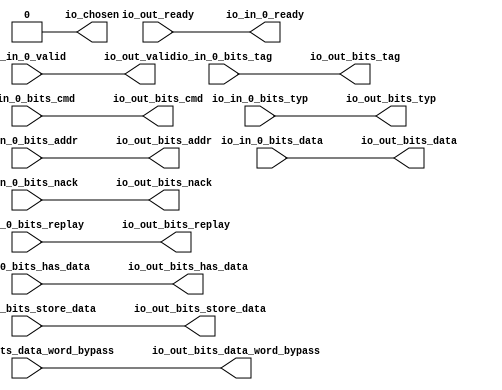
module Arbiter_11
(
  io_in_0_ready,
  io_in_0_valid,
  io_in_0_bits_addr,
  io_in_0_bits_tag,
  io_in_0_bits_cmd,
  io_in_0_bits_typ,
  io_in_0_bits_data,
  io_in_0_bits_nack,
  io_in_0_bits_replay,
  io_in_0_bits_has_data,
  io_in_0_bits_data_word_bypass,
  io_in_0_bits_store_data,
  io_out_ready,
  io_out_valid,
  io_out_bits_addr,
  io_out_bits_tag,
  io_out_bits_cmd,
  io_out_bits_typ,
  io_out_bits_data,
  io_out_bits_nack,
  io_out_bits_replay,
  io_out_bits_has_data,
  io_out_bits_data_word_bypass,
  io_out_bits_store_data,
  io_chosen
);

  input [39:0] io_in_0_bits_addr;
  input [9:0] io_in_0_bits_tag;
  input [4:0] io_in_0_bits_cmd;
  input [2:0] io_in_0_bits_typ;
  input [63:0] io_in_0_bits_data;
  input [63:0] io_in_0_bits_data_word_bypass;
  input [63:0] io_in_0_bits_store_data;
  output [39:0] io_out_bits_addr;
  output [9:0] io_out_bits_tag;
  output [4:0] io_out_bits_cmd;
  output [2:0] io_out_bits_typ;
  output [63:0] io_out_bits_data;
  output [63:0] io_out_bits_data_word_bypass;
  output [63:0] io_out_bits_store_data;
  input io_in_0_valid;
  input io_in_0_bits_nack;
  input io_in_0_bits_replay;
  input io_in_0_bits_has_data;
  input io_out_ready;
  output io_in_0_ready;
  output io_out_valid;
  output io_out_bits_nack;
  output io_out_bits_replay;
  output io_out_bits_has_data;
  output io_chosen;
  wire [39:0] io_out_bits_addr;
  wire [9:0] io_out_bits_tag;
  wire [4:0] io_out_bits_cmd;
  wire [2:0] io_out_bits_typ;
  wire [63:0] io_out_bits_data,io_out_bits_data_word_bypass,io_out_bits_store_data;
  wire io_in_0_ready,io_out_valid,io_out_bits_nack,io_out_bits_replay,
  io_out_bits_has_data,io_chosen,io_out_ready,io_in_0_valid,io_in_0_bits_nack,io_in_0_bits_replay,
  io_in_0_bits_has_data;
  assign io_chosen = 1'b0;
  assign io_in_0_ready = io_out_ready;
  assign io_out_valid = io_in_0_valid;
  assign io_out_bits_addr[39] = io_in_0_bits_addr[39];
  assign io_out_bits_addr[38] = io_in_0_bits_addr[38];
  assign io_out_bits_addr[37] = io_in_0_bits_addr[37];
  assign io_out_bits_addr[36] = io_in_0_bits_addr[36];
  assign io_out_bits_addr[35] = io_in_0_bits_addr[35];
  assign io_out_bits_addr[34] = io_in_0_bits_addr[34];
  assign io_out_bits_addr[33] = io_in_0_bits_addr[33];
  assign io_out_bits_addr[32] = io_in_0_bits_addr[32];
  assign io_out_bits_addr[31] = io_in_0_bits_addr[31];
  assign io_out_bits_addr[30] = io_in_0_bits_addr[30];
  assign io_out_bits_addr[29] = io_in_0_bits_addr[29];
  assign io_out_bits_addr[28] = io_in_0_bits_addr[28];
  assign io_out_bits_addr[27] = io_in_0_bits_addr[27];
  assign io_out_bits_addr[26] = io_in_0_bits_addr[26];
  assign io_out_bits_addr[25] = io_in_0_bits_addr[25];
  assign io_out_bits_addr[24] = io_in_0_bits_addr[24];
  assign io_out_bits_addr[23] = io_in_0_bits_addr[23];
  assign io_out_bits_addr[22] = io_in_0_bits_addr[22];
  assign io_out_bits_addr[21] = io_in_0_bits_addr[21];
  assign io_out_bits_addr[20] = io_in_0_bits_addr[20];
  assign io_out_bits_addr[19] = io_in_0_bits_addr[19];
  assign io_out_bits_addr[18] = io_in_0_bits_addr[18];
  assign io_out_bits_addr[17] = io_in_0_bits_addr[17];
  assign io_out_bits_addr[16] = io_in_0_bits_addr[16];
  assign io_out_bits_addr[15] = io_in_0_bits_addr[15];
  assign io_out_bits_addr[14] = io_in_0_bits_addr[14];
  assign io_out_bits_addr[13] = io_in_0_bits_addr[13];
  assign io_out_bits_addr[12] = io_in_0_bits_addr[12];
  assign io_out_bits_addr[11] = io_in_0_bits_addr[11];
  assign io_out_bits_addr[10] = io_in_0_bits_addr[10];
  assign io_out_bits_addr[9] = io_in_0_bits_addr[9];
  assign io_out_bits_addr[8] = io_in_0_bits_addr[8];
  assign io_out_bits_addr[7] = io_in_0_bits_addr[7];
  assign io_out_bits_addr[6] = io_in_0_bits_addr[6];
  assign io_out_bits_addr[5] = io_in_0_bits_addr[5];
  assign io_out_bits_addr[4] = io_in_0_bits_addr[4];
  assign io_out_bits_addr[3] = io_in_0_bits_addr[3];
  assign io_out_bits_addr[2] = io_in_0_bits_addr[2];
  assign io_out_bits_addr[1] = io_in_0_bits_addr[1];
  assign io_out_bits_addr[0] = io_in_0_bits_addr[0];
  assign io_out_bits_tag[9] = io_in_0_bits_tag[9];
  assign io_out_bits_tag[8] = io_in_0_bits_tag[8];
  assign io_out_bits_tag[7] = io_in_0_bits_tag[7];
  assign io_out_bits_tag[6] = io_in_0_bits_tag[6];
  assign io_out_bits_tag[5] = io_in_0_bits_tag[5];
  assign io_out_bits_tag[4] = io_in_0_bits_tag[4];
  assign io_out_bits_tag[3] = io_in_0_bits_tag[3];
  assign io_out_bits_tag[2] = io_in_0_bits_tag[2];
  assign io_out_bits_tag[1] = io_in_0_bits_tag[1];
  assign io_out_bits_tag[0] = io_in_0_bits_tag[0];
  assign io_out_bits_cmd[4] = io_in_0_bits_cmd[4];
  assign io_out_bits_cmd[3] = io_in_0_bits_cmd[3];
  assign io_out_bits_cmd[2] = io_in_0_bits_cmd[2];
  assign io_out_bits_cmd[1] = io_in_0_bits_cmd[1];
  assign io_out_bits_cmd[0] = io_in_0_bits_cmd[0];
  assign io_out_bits_typ[2] = io_in_0_bits_typ[2];
  assign io_out_bits_typ[1] = io_in_0_bits_typ[1];
  assign io_out_bits_typ[0] = io_in_0_bits_typ[0];
  assign io_out_bits_data[63] = io_in_0_bits_data[63];
  assign io_out_bits_data[62] = io_in_0_bits_data[62];
  assign io_out_bits_data[61] = io_in_0_bits_data[61];
  assign io_out_bits_data[60] = io_in_0_bits_data[60];
  assign io_out_bits_data[59] = io_in_0_bits_data[59];
  assign io_out_bits_data[58] = io_in_0_bits_data[58];
  assign io_out_bits_data[57] = io_in_0_bits_data[57];
  assign io_out_bits_data[56] = io_in_0_bits_data[56];
  assign io_out_bits_data[55] = io_in_0_bits_data[55];
  assign io_out_bits_data[54] = io_in_0_bits_data[54];
  assign io_out_bits_data[53] = io_in_0_bits_data[53];
  assign io_out_bits_data[52] = io_in_0_bits_data[52];
  assign io_out_bits_data[51] = io_in_0_bits_data[51];
  assign io_out_bits_data[50] = io_in_0_bits_data[50];
  assign io_out_bits_data[49] = io_in_0_bits_data[49];
  assign io_out_bits_data[48] = io_in_0_bits_data[48];
  assign io_out_bits_data[47] = io_in_0_bits_data[47];
  assign io_out_bits_data[46] = io_in_0_bits_data[46];
  assign io_out_bits_data[45] = io_in_0_bits_data[45];
  assign io_out_bits_data[44] = io_in_0_bits_data[44];
  assign io_out_bits_data[43] = io_in_0_bits_data[43];
  assign io_out_bits_data[42] = io_in_0_bits_data[42];
  assign io_out_bits_data[41] = io_in_0_bits_data[41];
  assign io_out_bits_data[40] = io_in_0_bits_data[40];
  assign io_out_bits_data[39] = io_in_0_bits_data[39];
  assign io_out_bits_data[38] = io_in_0_bits_data[38];
  assign io_out_bits_data[37] = io_in_0_bits_data[37];
  assign io_out_bits_data[36] = io_in_0_bits_data[36];
  assign io_out_bits_data[35] = io_in_0_bits_data[35];
  assign io_out_bits_data[34] = io_in_0_bits_data[34];
  assign io_out_bits_data[33] = io_in_0_bits_data[33];
  assign io_out_bits_data[32] = io_in_0_bits_data[32];
  assign io_out_bits_data[31] = io_in_0_bits_data[31];
  assign io_out_bits_data[30] = io_in_0_bits_data[30];
  assign io_out_bits_data[29] = io_in_0_bits_data[29];
  assign io_out_bits_data[28] = io_in_0_bits_data[28];
  assign io_out_bits_data[27] = io_in_0_bits_data[27];
  assign io_out_bits_data[26] = io_in_0_bits_data[26];
  assign io_out_bits_data[25] = io_in_0_bits_data[25];
  assign io_out_bits_data[24] = io_in_0_bits_data[24];
  assign io_out_bits_data[23] = io_in_0_bits_data[23];
  assign io_out_bits_data[22] = io_in_0_bits_data[22];
  assign io_out_bits_data[21] = io_in_0_bits_data[21];
  assign io_out_bits_data[20] = io_in_0_bits_data[20];
  assign io_out_bits_data[19] = io_in_0_bits_data[19];
  assign io_out_bits_data[18] = io_in_0_bits_data[18];
  assign io_out_bits_data[17] = io_in_0_bits_data[17];
  assign io_out_bits_data[16] = io_in_0_bits_data[16];
  assign io_out_bits_data[15] = io_in_0_bits_data[15];
  assign io_out_bits_data[14] = io_in_0_bits_data[14];
  assign io_out_bits_data[13] = io_in_0_bits_data[13];
  assign io_out_bits_data[12] = io_in_0_bits_data[12];
  assign io_out_bits_data[11] = io_in_0_bits_data[11];
  assign io_out_bits_data[10] = io_in_0_bits_data[10];
  assign io_out_bits_data[9] = io_in_0_bits_data[9];
  assign io_out_bits_data[8] = io_in_0_bits_data[8];
  assign io_out_bits_data[7] = io_in_0_bits_data[7];
  assign io_out_bits_data[6] = io_in_0_bits_data[6];
  assign io_out_bits_data[5] = io_in_0_bits_data[5];
  assign io_out_bits_data[4] = io_in_0_bits_data[4];
  assign io_out_bits_data[3] = io_in_0_bits_data[3];
  assign io_out_bits_data[2] = io_in_0_bits_data[2];
  assign io_out_bits_data[1] = io_in_0_bits_data[1];
  assign io_out_bits_data[0] = io_in_0_bits_data[0];
  assign io_out_bits_nack = io_in_0_bits_nack;
  assign io_out_bits_replay = io_in_0_bits_replay;
  assign io_out_bits_has_data = io_in_0_bits_has_data;
  assign io_out_bits_data_word_bypass[63] = io_in_0_bits_data_word_bypass[63];
  assign io_out_bits_data_word_bypass[62] = io_in_0_bits_data_word_bypass[62];
  assign io_out_bits_data_word_bypass[61] = io_in_0_bits_data_word_bypass[61];
  assign io_out_bits_data_word_bypass[60] = io_in_0_bits_data_word_bypass[60];
  assign io_out_bits_data_word_bypass[59] = io_in_0_bits_data_word_bypass[59];
  assign io_out_bits_data_word_bypass[58] = io_in_0_bits_data_word_bypass[58];
  assign io_out_bits_data_word_bypass[57] = io_in_0_bits_data_word_bypass[57];
  assign io_out_bits_data_word_bypass[56] = io_in_0_bits_data_word_bypass[56];
  assign io_out_bits_data_word_bypass[55] = io_in_0_bits_data_word_bypass[55];
  assign io_out_bits_data_word_bypass[54] = io_in_0_bits_data_word_bypass[54];
  assign io_out_bits_data_word_bypass[53] = io_in_0_bits_data_word_bypass[53];
  assign io_out_bits_data_word_bypass[52] = io_in_0_bits_data_word_bypass[52];
  assign io_out_bits_data_word_bypass[51] = io_in_0_bits_data_word_bypass[51];
  assign io_out_bits_data_word_bypass[50] = io_in_0_bits_data_word_bypass[50];
  assign io_out_bits_data_word_bypass[49] = io_in_0_bits_data_word_bypass[49];
  assign io_out_bits_data_word_bypass[48] = io_in_0_bits_data_word_bypass[48];
  assign io_out_bits_data_word_bypass[47] = io_in_0_bits_data_word_bypass[47];
  assign io_out_bits_data_word_bypass[46] = io_in_0_bits_data_word_bypass[46];
  assign io_out_bits_data_word_bypass[45] = io_in_0_bits_data_word_bypass[45];
  assign io_out_bits_data_word_bypass[44] = io_in_0_bits_data_word_bypass[44];
  assign io_out_bits_data_word_bypass[43] = io_in_0_bits_data_word_bypass[43];
  assign io_out_bits_data_word_bypass[42] = io_in_0_bits_data_word_bypass[42];
  assign io_out_bits_data_word_bypass[41] = io_in_0_bits_data_word_bypass[41];
  assign io_out_bits_data_word_bypass[40] = io_in_0_bits_data_word_bypass[40];
  assign io_out_bits_data_word_bypass[39] = io_in_0_bits_data_word_bypass[39];
  assign io_out_bits_data_word_bypass[38] = io_in_0_bits_data_word_bypass[38];
  assign io_out_bits_data_word_bypass[37] = io_in_0_bits_data_word_bypass[37];
  assign io_out_bits_data_word_bypass[36] = io_in_0_bits_data_word_bypass[36];
  assign io_out_bits_data_word_bypass[35] = io_in_0_bits_data_word_bypass[35];
  assign io_out_bits_data_word_bypass[34] = io_in_0_bits_data_word_bypass[34];
  assign io_out_bits_data_word_bypass[33] = io_in_0_bits_data_word_bypass[33];
  assign io_out_bits_data_word_bypass[32] = io_in_0_bits_data_word_bypass[32];
  assign io_out_bits_data_word_bypass[31] = io_in_0_bits_data_word_bypass[31];
  assign io_out_bits_data_word_bypass[30] = io_in_0_bits_data_word_bypass[30];
  assign io_out_bits_data_word_bypass[29] = io_in_0_bits_data_word_bypass[29];
  assign io_out_bits_data_word_bypass[28] = io_in_0_bits_data_word_bypass[28];
  assign io_out_bits_data_word_bypass[27] = io_in_0_bits_data_word_bypass[27];
  assign io_out_bits_data_word_bypass[26] = io_in_0_bits_data_word_bypass[26];
  assign io_out_bits_data_word_bypass[25] = io_in_0_bits_data_word_bypass[25];
  assign io_out_bits_data_word_bypass[24] = io_in_0_bits_data_word_bypass[24];
  assign io_out_bits_data_word_bypass[23] = io_in_0_bits_data_word_bypass[23];
  assign io_out_bits_data_word_bypass[22] = io_in_0_bits_data_word_bypass[22];
  assign io_out_bits_data_word_bypass[21] = io_in_0_bits_data_word_bypass[21];
  assign io_out_bits_data_word_bypass[20] = io_in_0_bits_data_word_bypass[20];
  assign io_out_bits_data_word_bypass[19] = io_in_0_bits_data_word_bypass[19];
  assign io_out_bits_data_word_bypass[18] = io_in_0_bits_data_word_bypass[18];
  assign io_out_bits_data_word_bypass[17] = io_in_0_bits_data_word_bypass[17];
  assign io_out_bits_data_word_bypass[16] = io_in_0_bits_data_word_bypass[16];
  assign io_out_bits_data_word_bypass[15] = io_in_0_bits_data_word_bypass[15];
  assign io_out_bits_data_word_bypass[14] = io_in_0_bits_data_word_bypass[14];
  assign io_out_bits_data_word_bypass[13] = io_in_0_bits_data_word_bypass[13];
  assign io_out_bits_data_word_bypass[12] = io_in_0_bits_data_word_bypass[12];
  assign io_out_bits_data_word_bypass[11] = io_in_0_bits_data_word_bypass[11];
  assign io_out_bits_data_word_bypass[10] = io_in_0_bits_data_word_bypass[10];
  assign io_out_bits_data_word_bypass[9] = io_in_0_bits_data_word_bypass[9];
  assign io_out_bits_data_word_bypass[8] = io_in_0_bits_data_word_bypass[8];
  assign io_out_bits_data_word_bypass[7] = io_in_0_bits_data_word_bypass[7];
  assign io_out_bits_data_word_bypass[6] = io_in_0_bits_data_word_bypass[6];
  assign io_out_bits_data_word_bypass[5] = io_in_0_bits_data_word_bypass[5];
  assign io_out_bits_data_word_bypass[4] = io_in_0_bits_data_word_bypass[4];
  assign io_out_bits_data_word_bypass[3] = io_in_0_bits_data_word_bypass[3];
  assign io_out_bits_data_word_bypass[2] = io_in_0_bits_data_word_bypass[2];
  assign io_out_bits_data_word_bypass[1] = io_in_0_bits_data_word_bypass[1];
  assign io_out_bits_data_word_bypass[0] = io_in_0_bits_data_word_bypass[0];
  assign io_out_bits_store_data[63] = io_in_0_bits_store_data[63];
  assign io_out_bits_store_data[62] = io_in_0_bits_store_data[62];
  assign io_out_bits_store_data[61] = io_in_0_bits_store_data[61];
  assign io_out_bits_store_data[60] = io_in_0_bits_store_data[60];
  assign io_out_bits_store_data[59] = io_in_0_bits_store_data[59];
  assign io_out_bits_store_data[58] = io_in_0_bits_store_data[58];
  assign io_out_bits_store_data[57] = io_in_0_bits_store_data[57];
  assign io_out_bits_store_data[56] = io_in_0_bits_store_data[56];
  assign io_out_bits_store_data[55] = io_in_0_bits_store_data[55];
  assign io_out_bits_store_data[54] = io_in_0_bits_store_data[54];
  assign io_out_bits_store_data[53] = io_in_0_bits_store_data[53];
  assign io_out_bits_store_data[52] = io_in_0_bits_store_data[52];
  assign io_out_bits_store_data[51] = io_in_0_bits_store_data[51];
  assign io_out_bits_store_data[50] = io_in_0_bits_store_data[50];
  assign io_out_bits_store_data[49] = io_in_0_bits_store_data[49];
  assign io_out_bits_store_data[48] = io_in_0_bits_store_data[48];
  assign io_out_bits_store_data[47] = io_in_0_bits_store_data[47];
  assign io_out_bits_store_data[46] = io_in_0_bits_store_data[46];
  assign io_out_bits_store_data[45] = io_in_0_bits_store_data[45];
  assign io_out_bits_store_data[44] = io_in_0_bits_store_data[44];
  assign io_out_bits_store_data[43] = io_in_0_bits_store_data[43];
  assign io_out_bits_store_data[42] = io_in_0_bits_store_data[42];
  assign io_out_bits_store_data[41] = io_in_0_bits_store_data[41];
  assign io_out_bits_store_data[40] = io_in_0_bits_store_data[40];
  assign io_out_bits_store_data[39] = io_in_0_bits_store_data[39];
  assign io_out_bits_store_data[38] = io_in_0_bits_store_data[38];
  assign io_out_bits_store_data[37] = io_in_0_bits_store_data[37];
  assign io_out_bits_store_data[36] = io_in_0_bits_store_data[36];
  assign io_out_bits_store_data[35] = io_in_0_bits_store_data[35];
  assign io_out_bits_store_data[34] = io_in_0_bits_store_data[34];
  assign io_out_bits_store_data[33] = io_in_0_bits_store_data[33];
  assign io_out_bits_store_data[32] = io_in_0_bits_store_data[32];
  assign io_out_bits_store_data[31] = io_in_0_bits_store_data[31];
  assign io_out_bits_store_data[30] = io_in_0_bits_store_data[30];
  assign io_out_bits_store_data[29] = io_in_0_bits_store_data[29];
  assign io_out_bits_store_data[28] = io_in_0_bits_store_data[28];
  assign io_out_bits_store_data[27] = io_in_0_bits_store_data[27];
  assign io_out_bits_store_data[26] = io_in_0_bits_store_data[26];
  assign io_out_bits_store_data[25] = io_in_0_bits_store_data[25];
  assign io_out_bits_store_data[24] = io_in_0_bits_store_data[24];
  assign io_out_bits_store_data[23] = io_in_0_bits_store_data[23];
  assign io_out_bits_store_data[22] = io_in_0_bits_store_data[22];
  assign io_out_bits_store_data[21] = io_in_0_bits_store_data[21];
  assign io_out_bits_store_data[20] = io_in_0_bits_store_data[20];
  assign io_out_bits_store_data[19] = io_in_0_bits_store_data[19];
  assign io_out_bits_store_data[18] = io_in_0_bits_store_data[18];
  assign io_out_bits_store_data[17] = io_in_0_bits_store_data[17];
  assign io_out_bits_store_data[16] = io_in_0_bits_store_data[16];
  assign io_out_bits_store_data[15] = io_in_0_bits_store_data[15];
  assign io_out_bits_store_data[14] = io_in_0_bits_store_data[14];
  assign io_out_bits_store_data[13] = io_in_0_bits_store_data[13];
  assign io_out_bits_store_data[12] = io_in_0_bits_store_data[12];
  assign io_out_bits_store_data[11] = io_in_0_bits_store_data[11];
  assign io_out_bits_store_data[10] = io_in_0_bits_store_data[10];
  assign io_out_bits_store_data[9] = io_in_0_bits_store_data[9];
  assign io_out_bits_store_data[8] = io_in_0_bits_store_data[8];
  assign io_out_bits_store_data[7] = io_in_0_bits_store_data[7];
  assign io_out_bits_store_data[6] = io_in_0_bits_store_data[6];
  assign io_out_bits_store_data[5] = io_in_0_bits_store_data[5];
  assign io_out_bits_store_data[4] = io_in_0_bits_store_data[4];
  assign io_out_bits_store_data[3] = io_in_0_bits_store_data[3];
  assign io_out_bits_store_data[2] = io_in_0_bits_store_data[2];
  assign io_out_bits_store_data[1] = io_in_0_bits_store_data[1];
  assign io_out_bits_store_data[0] = io_in_0_bits_store_data[0];

endmodule